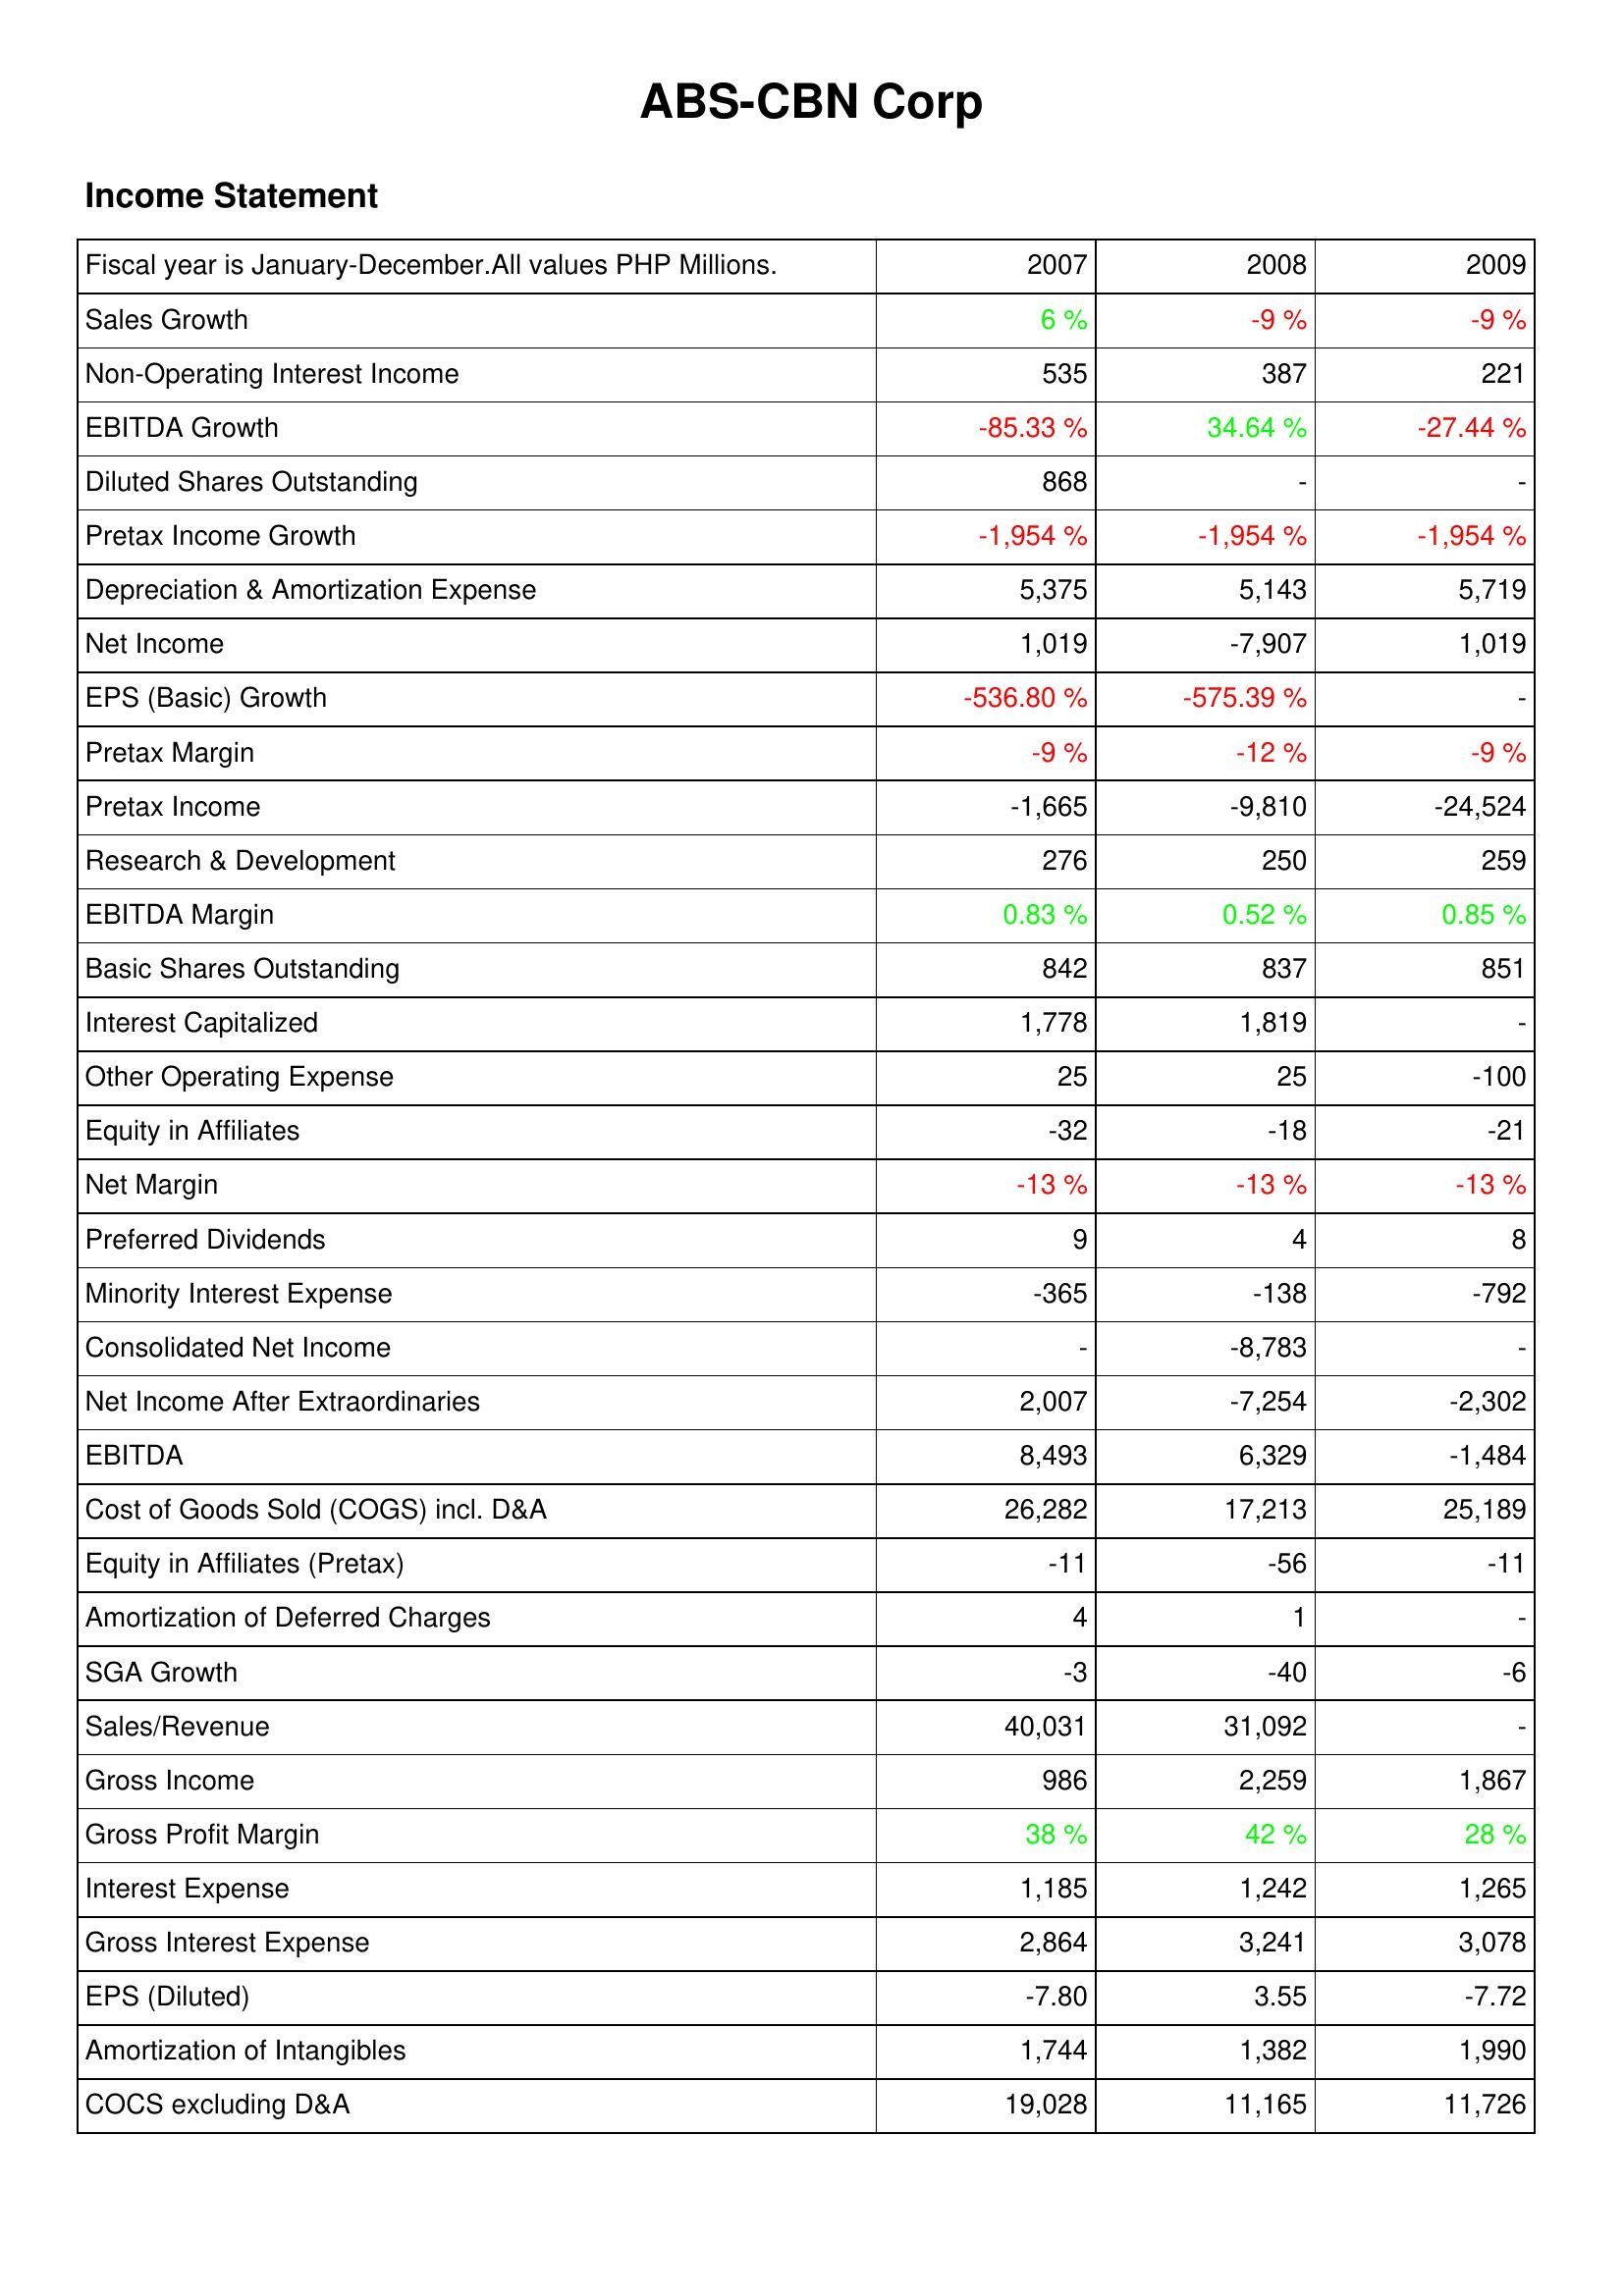
2007: Income Statement: Sales Growth: 6 %
Non-Operating Interest Income: 535
EBITDA Growth: -85.33 %
Diluted Shares Outstanding: 868
Pretax Income Growth: -1,954 %
Depreciation & Amortization Expense: 5,375
Net Income: 1,019
EPS (Basic) Growth: -536.80 %
Pretax Margin: -9 %
Pretax Income: -1,665
Research & Development: 276
EBITDA Margin: 0.83 %
Basic Shares Outstanding: 842
Interest Capitalized: 1,778
Other Operating Expense: 25
Equity in Affiliates: -32
Net Margin: -13 %
Preferred Dividends: 9
Minority Interest Expense: -365
Consolidated Net Income: -
Net Income After Extraordinaries: 2,007
EBITDA: 8,493
Cost of Goods Sold (COGS) incl. D&A: 26,282
Equity in Affiliates (Pretax): -11
Amortization of Deferred Charges: 4
SGA Growth: -3
Sales/Revenue: 40,031
Gross Income: 986
Gross Profit Margin: 38 %
Interest Expense: 1,185
Gross Interest Expense: 2,864
EPS (Diluted): -7.80
Amortization of Intangibles: 1,744
COCS excluding D&A: 19,028
2008: Income Statement: Sales Growth: -9 %
Non-Operating Interest Income: 387
EBITDA Growth: 34.64 %
Diluted Shares Outstanding: -
Pretax Income Growth: -1,954 %
Depreciation & Amortization Expense: 5,143
Net Income: -7,907
EPS (Basic) Growth: -575.39 %
Pretax Margin: -12 %
Pretax Income: -9,810
Research & Development: 250
EBITDA Margin: 0.52 %
Basic Shares Outstanding: 837
Interest Capitalized: 1,819
Other Operating Expense: 25
Equity in Affiliates: -18
Net Margin: -13 %
Preferred Dividends: 4
Minority Interest Expense: -138
Consolidated Net Income: -8,783
Net Income After Extraordinaries: -7,254
EBITDA: 6,329
Cost of Goods Sold (COGS) incl. D&A: 17,213
Equity in Affiliates (Pretax): -56
Amortization of Deferred Charges: 1
SGA Growth: -40
Sales/Revenue: 31,092
Gross Income: 2,259
Gross Profit Margin: 42 %
Interest Expense: 1,242
Gross Interest Expense: 3,241
EPS (Diluted): 3.55
Amortization of Intangibles: 1,382
COCS excluding D&A: 11,165
2009: Income Statement: Sales Growth: -9 %
Non-Operating Interest Income: 221
EBITDA Growth: -27.44 %
Diluted Shares Outstanding: -
Pretax Income Growth: -1,954 %
Depreciation & Amortization Expense: 5,719
Net Income: 1,019
EPS (Basic) Growth: -
Pretax Margin: -9 %
Pretax Income: -24,524
Research & Development: 259
EBITDA Margin: 0.85 %
Basic Shares Outstanding: 851
Interest Capitalized: -
Other Operating Expense: -100
Equity in Affiliates: -21
Net Margin: -13 %
Preferred Dividends: 8
Minority Interest Expense: -792
Consolidated Net Income: -
Net Income After Extraordinaries: -2,302
EBITDA: -1,484
Cost of Goods Sold (COGS) incl. D&A: 25,189
Equity in Affiliates (Pretax): -11
Amortization of Deferred Charges: -
SGA Growth: -6
Sales/Revenue: -
Gross Income: 1,867
Gross Profit Margin: 28 %
Interest Expense: 1,265
Gross Interest Expense: 3,078
EPS (Diluted): -7.72
Amortization of Intangibles: 1,990
COCS excluding D&A: 11,726